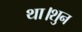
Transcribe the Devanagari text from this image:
था।शुन